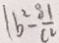
1 b ^ { 2 } - \frac { 8 1 } { c ^ { 2 } }